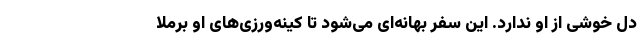
دل خوشی از او ندارد. این سفر بهانه‌ای می‌شود تا کینه‌ورزی‌های او برملا